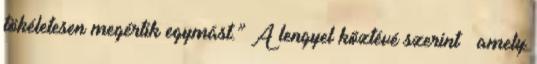
tökéletesen megértik egymást.” A lengyel köztévé szerint – amely